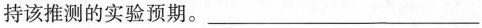
持该推测的实验预期。___